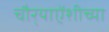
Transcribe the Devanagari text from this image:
चौर्‍याऐंशीच्या